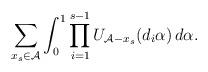
LaTeX: \begin{align*}\sum_{x_s \in \mathcal{A}} \int_0^1 \prod_{i=1}^{s-1} U_{\mathcal{A}-x_s}(d_i \alpha) \,d \alpha.\end{align*}